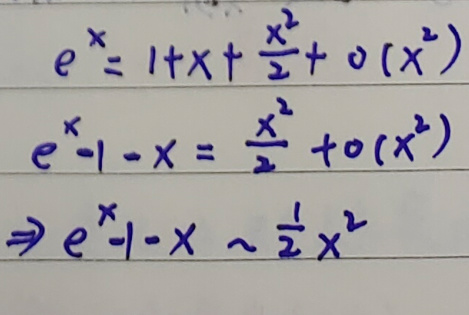
\[
e^x = 1 + x+\frac{x^2}{2}+o(x^2)
\]
\[
e^x - 1 - x=\frac{x^2}{2}+o(x^2)
\]
\[\Rightarrow e^x - 1 - x\sim\frac{1}{2}x^2
\]